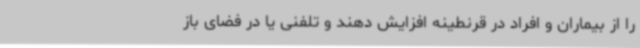
را از بیماران و افراد در قرنطینه افزایش دهند و تلفنی یا در فضای باز